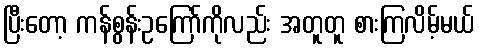
ပြီးတော့ ကန်စွန်းဥကြော်ကိုလည်း အတူတူ စားကြလိမ့်မယ်